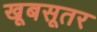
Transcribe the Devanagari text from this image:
खूबसूतर